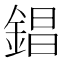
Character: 錩